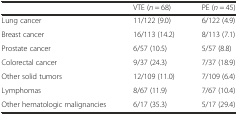
|  | VTE (n = 68) | PE (n = 45) |
 | --- | --- | --- |
 | Lung cancer | 11/122 (9.0) | 6/122 (4.9) |
 | Breast cancer | 16/113 (14.2) | 8/113 (7.1) |
 | Prostate cancer | 6/57 (10.5) | 5/57 (8.8) |
 | Colorectal cancer | 9/37 (24.3) | 7/37 (18.9) |
 | Other solid tumors | 12/109 (11.0) | 7/109 (6.4) |
 | Lymphomas | 8/67 (11.9) | 7/67 (10.4) |
 | Other hematologic malignancies | 6/17 (35.3) | 5/17 (29.4) |